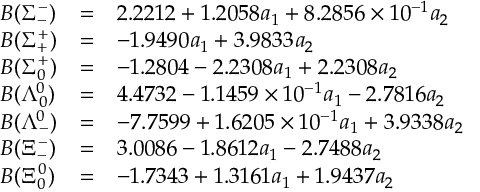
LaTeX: \begin{array} { l c l } { { B ( \Sigma _ { - } ^ { - } ) } } & { { = } } & { { 2 . 2 2 1 2 + 1 . 2 0 5 8 a _ { 1 } + 8 . 2 8 5 6 \times 1 0 ^ { - 1 } a _ { 2 } } } \\ { { B ( \Sigma _ { + } ^ { + } ) } } & { { = } } & { { - 1 . 9 4 9 0 a _ { 1 } + 3 . 9 8 3 3 a _ { 2 } } } \\ { { B ( \Sigma _ { 0 } ^ { + } ) } } & { { = } } & { { - 1 . 2 8 0 4 - 2 . 2 3 0 8 a _ { 1 } + 2 . 2 3 0 8 a _ { 2 } } } \\ { { B ( \Lambda _ { 0 } ^ { 0 } ) } } & { { = } } & { { 4 . 4 7 3 2 - 1 . 1 4 5 9 \times 1 0 ^ { - 1 } a _ { 1 } - 2 . 7 8 1 6 a _ { 2 } } } \\ { { B ( \Lambda _ { - } ^ { 0 } ) } } & { { = } } & { { - 7 . 7 5 9 9 + 1 . 6 2 0 5 \times 1 0 ^ { - 1 } a _ { 1 } + 3 . 9 3 3 8 a _ { 2 } } } \\ { { B ( \Xi _ { - } ^ { - } ) } } & { { = } } & { { 3 . 0 0 8 6 - 1 . 8 6 1 2 a _ { 1 } - 2 . 7 4 8 8 a _ { 2 } } } \\ { { B ( \Xi _ { 0 } ^ { 0 } ) } } & { { = } } & { { - 1 . 7 3 4 3 + 1 . 3 1 6 1 a _ { 1 } + 1 . 9 4 3 7 a _ { 2 } } } \end{array}